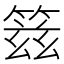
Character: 䈘